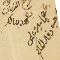
يشهد بدالك يخصها ميره على دفتر الحاكم